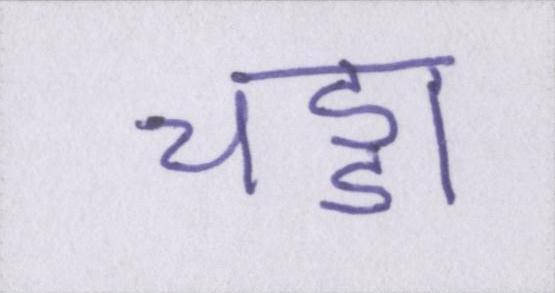
चड्डा